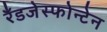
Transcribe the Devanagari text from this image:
रँडजेस्फोन्टेन